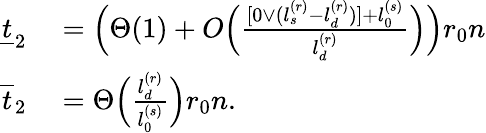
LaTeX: \begin{array}{rl}{\underline{{t}}_{2}}&{{}=\Big(\Theta(1)+O\Big(\frac{[0\vee(l_{s}^{(r)}-l_{d}^{(r)})]+l_{0}^{(s)}}{l_{d}^{(r)}}\Big)\Big)r_{0}n}\\ {\overline{{t}}_{2}}&{{}=\Theta\Big(\frac{l_{d}^{(r)}}{l_{0}^{(s)}}\Big)r_{0}n.}\end{array}